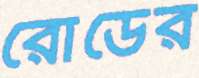
রোডের